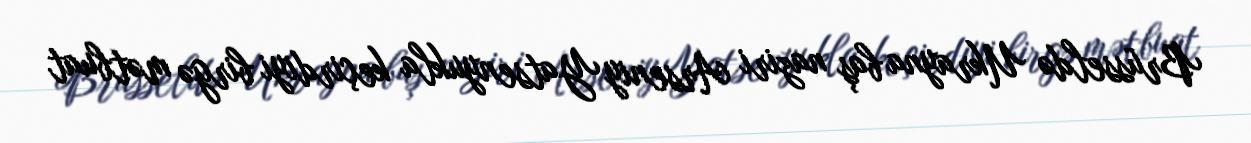
Brüsseldə Ukrayna baş naziri Arseniy Yatsenyukla keçirdiyi birgə mətbuat